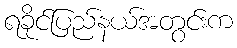
ရခိုင်ပြည်နယ်အတွင်းက